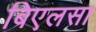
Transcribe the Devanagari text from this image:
बिएलसा